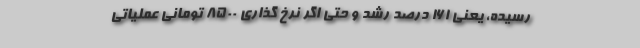
رسیده، یعنی ۱۶۱ درصد رشد و حتی اگر نرخ گذاری ۸۵۰۰ تومانی عملیاتی‌